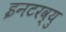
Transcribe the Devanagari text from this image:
इनटरव्यु